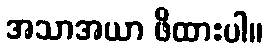
အသာအယာ ဖိထားပါ။